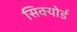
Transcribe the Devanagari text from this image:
सिक्योर्ड